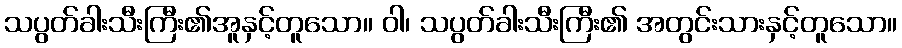
သပွတ်ခါးသီးကြီး၏အူနှင့်တူသော။ ဝါ၊ သပွတ်ခါးသီးကြီး၏ အတွင်းသားနှင့်တူသော။